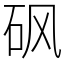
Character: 砜